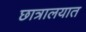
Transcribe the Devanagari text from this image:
छात्रालयात